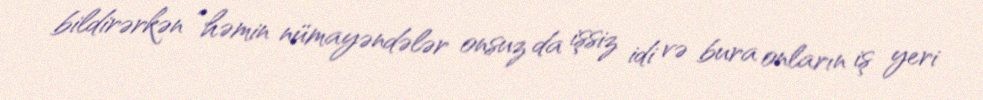
bildirərkən “həmin nümayəndələr onsuz da işsiz idi və bura onların iş yeri